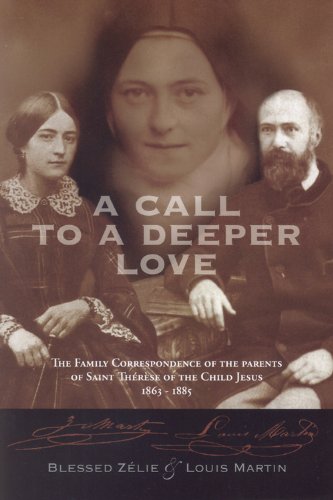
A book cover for A Call to a Deeper Love: The Family Correspondence of the Parents of Saint Therese of the Child Jesus (1864-1885); Louis Martin; Christian Books & Bibles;